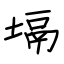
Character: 塥